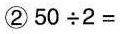
②50\div2=